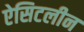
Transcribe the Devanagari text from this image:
ऐसिटलीन